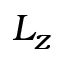
L _ { z }